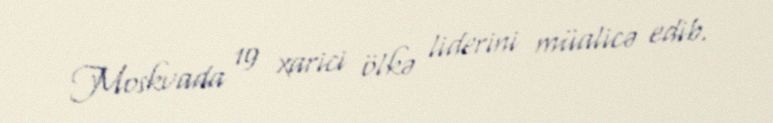
Moskvada 19 xarici ölkə liderini müalicə edib.